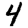
Digit: 4